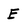
Character: E